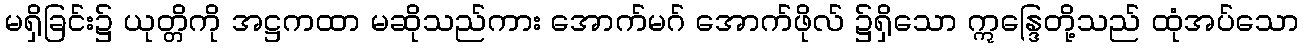
မရှိခြင်း၌ ယုတ္တိကို အဋ္ဌကထာ မဆိုသည်ကား အောက်မဂ် အောက်ဖိုလ် ၌ရှိသော ဣန္ဒြေတို့သည် ထုံအပ်သော